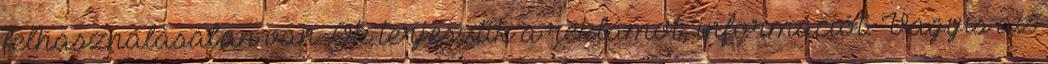
felhasználásában van. Ők terjesztik a reklámot, információt. Vagyis az